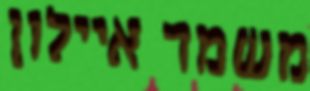
משמר איילון